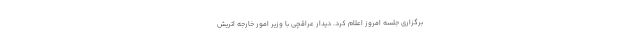
برگزاری جلسه امروز اعلام کرد. دیدار عراقچی با وزیر امور خارجه اتریش